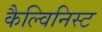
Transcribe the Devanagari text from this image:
कैल्विनिस्ट